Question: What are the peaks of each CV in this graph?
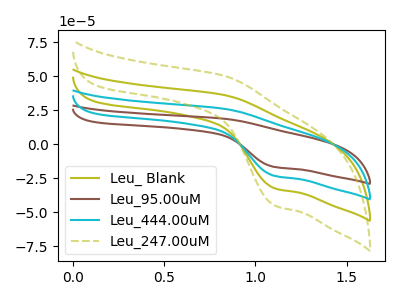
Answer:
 <answer>The olive curve "Leu_ Blank" has an anodic peak at (0.85V, 36.10uA) and a cathodic peak at (1.10V, -32.45uA). The brown curve "Leu_95.00uM" has an anodic peak at (0.85V, 108.35uA) and a cathodic peak at (1.10V, -97.35uA). The cyan curve "Leu_444.00uM" has an anodic peak at (0.85V, 72.25uA) and a cathodic peak at (1.10V, -64.90uA). The olive dashed curve "Leu_247.00uM" has an anodic peak at (0.85V, 50.20uA) and a cathodic peak at (1.10V, -45.10uA).</answer>
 <eval></eval>